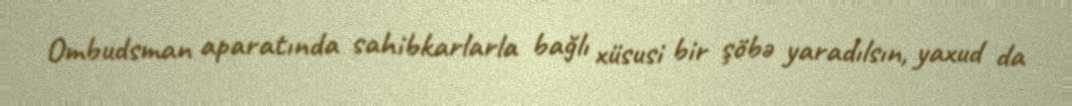
Ombudsman aparatında sahibkarlarla bağlı xüsusi bir şöbə yaradılsın, yaxud da